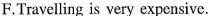
F.Travelling is very expensive.